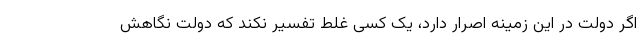
اگر دولت در این زمینه اصرار دارد، یک کسی غلط تفسیر نکند که دولت نگاهش